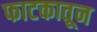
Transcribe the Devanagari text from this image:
फाटकातून